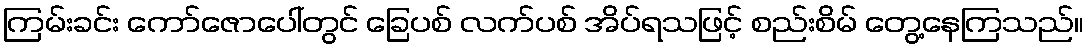
ကြမ်းခင်း ကော်ဇောပေါ်တွင် ခြေပစ် လက်ပစ် အိပ်ရသဖြင့် စည်းစိမ် တွေ့နေကြသည်။